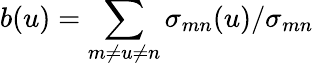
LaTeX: b(u)=\sum_{m\neq u\neq n}\sigma_{mn}(u)/\sigma_{mn}